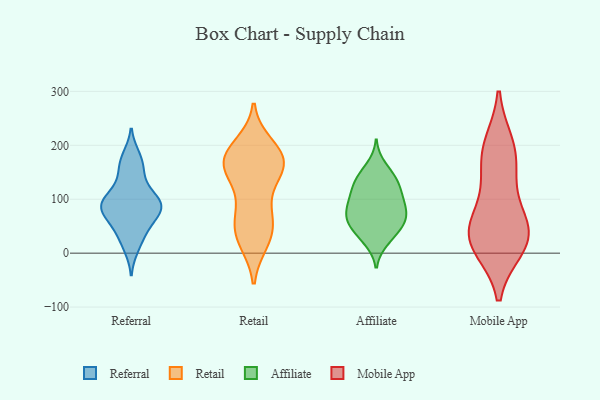
{"axis": {"x": "Revenue (USD Million)", "y": "Value"}, "legend": ["Affiliate", "Mobile App", "Referral", "Retail"], "data": [{"x": "", "y": 96, "type": "Referral"}, {"x": "", "y": 149, "type": "Referral"}, {"x": "", "y": 31, "type": "Referral"}, {"x": "", "y": 88, "type": "Referral"}, {"x": "", "y": 10, "type": "Referral"}, {"x": "", "y": 91, "type": "Referral"}, {"x": "", "y": 49, "type": "Referral"}, {"x": "", "y": 168, "type": "Referral"}, {"x": "", "y": 91, "type": "Referral"}, {"x": "", "y": 180, "type": "Referral"}, {"x": "", "y": 90, "type": "Referral"}, {"x": "", "y": 66, "type": "Referral"}, {"x": "", "y": 64, "type": "Referral"}, {"x": "", "y": 128, "type": "Referral"}, {"x": "", "y": 97, "type": "Referral"}, {"x": "", "y": 59, "type": "Retail"}, {"x": "", "y": 29, "type": "Retail"}, {"x": "", "y": 171, "type": "Retail"}, {"x": "", "y": 98, "type": "Retail"}, {"x": "", "y": 170, "type": "Retail"}, {"x": "", "y": 63, "type": "Retail"}, {"x": "", "y": 177, "type": "Retail"}, {"x": "", "y": 187, "type": "Retail"}, {"x": "", "y": 200, "type": "Retail"}, {"x": "", "y": 155, "type": "Retail"}, {"x": "", "y": 62, "type": "Retail"}, {"x": "", "y": 139, "type": "Retail"}, {"x": "", "y": 152, "type": "Retail"}, {"x": "", "y": 25, "type": "Retail"}, {"x": "", "y": 162, "type": "Retail"}, {"x": "", "y": 21, "type": "Retail"}, {"x": "", "y": 185, "type": "Retail"}, {"x": "", "y": 54, "type": "Affiliate"}, {"x": "", "y": 64, "type": "Affiliate"}, {"x": "", "y": 71, "type": "Affiliate"}, {"x": "", "y": 80, "type": "Affiliate"}, {"x": "", "y": 89, "type": "Affiliate"}, {"x": "", "y": 41, "type": "Affiliate"}, {"x": "", "y": 21, "type": "Affiliate"}, {"x": "", "y": 163, "type": "Affiliate"}, {"x": "", "y": 133, "type": "Affiliate"}, {"x": "", "y": 146, "type": "Affiliate"}, {"x": "", "y": 101, "type": "Affiliate"}, {"x": "", "y": 138, "type": "Affiliate"}, {"x": "", "y": 95, "type": "Affiliate"}, {"x": "", "y": 73, "type": "Affiliate"}, {"x": "", "y": 25, "type": "Affiliate"}, {"x": "", "y": 56, "type": "Affiliate"}, {"x": "", "y": 51, "type": "Affiliate"}, {"x": "", "y": 128, "type": "Affiliate"}, {"x": "", "y": 106, "type": "Affiliate"}, {"x": "", "y": 118, "type": "Affiliate"}, {"x": "", "y": 49, "type": "Mobile App"}, {"x": "", "y": 19, "type": "Mobile App"}, {"x": "", "y": 24, "type": "Mobile App"}, {"x": "", "y": 190, "type": "Mobile App"}, {"x": "", "y": 56, "type": "Mobile App"}, {"x": "", "y": 167, "type": "Mobile App"}, {"x": "", "y": 35, "type": "Mobile App"}, {"x": "", "y": 200, "type": "Mobile App"}, {"x": "", "y": 12, "type": "Mobile App"}, {"x": "", "y": 117, "type": "Mobile App"}]}